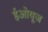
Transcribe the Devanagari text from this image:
ईओयूज